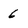
Character: 6